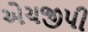
એચજીપી